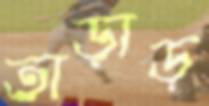
তাড়াড়